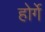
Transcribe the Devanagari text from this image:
होर्गे